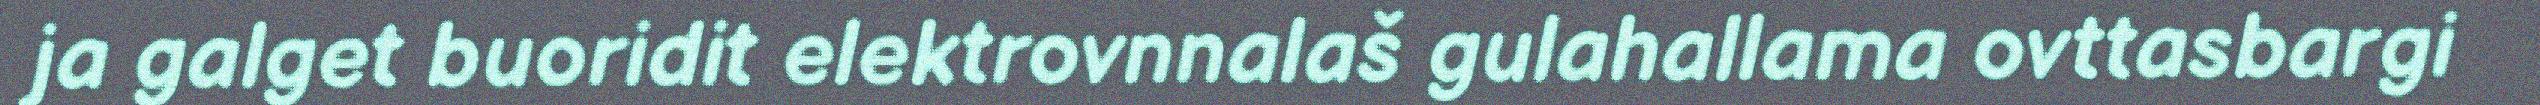
ja galget buoridit elektrovnnalaš gulahallama ovttasbargi